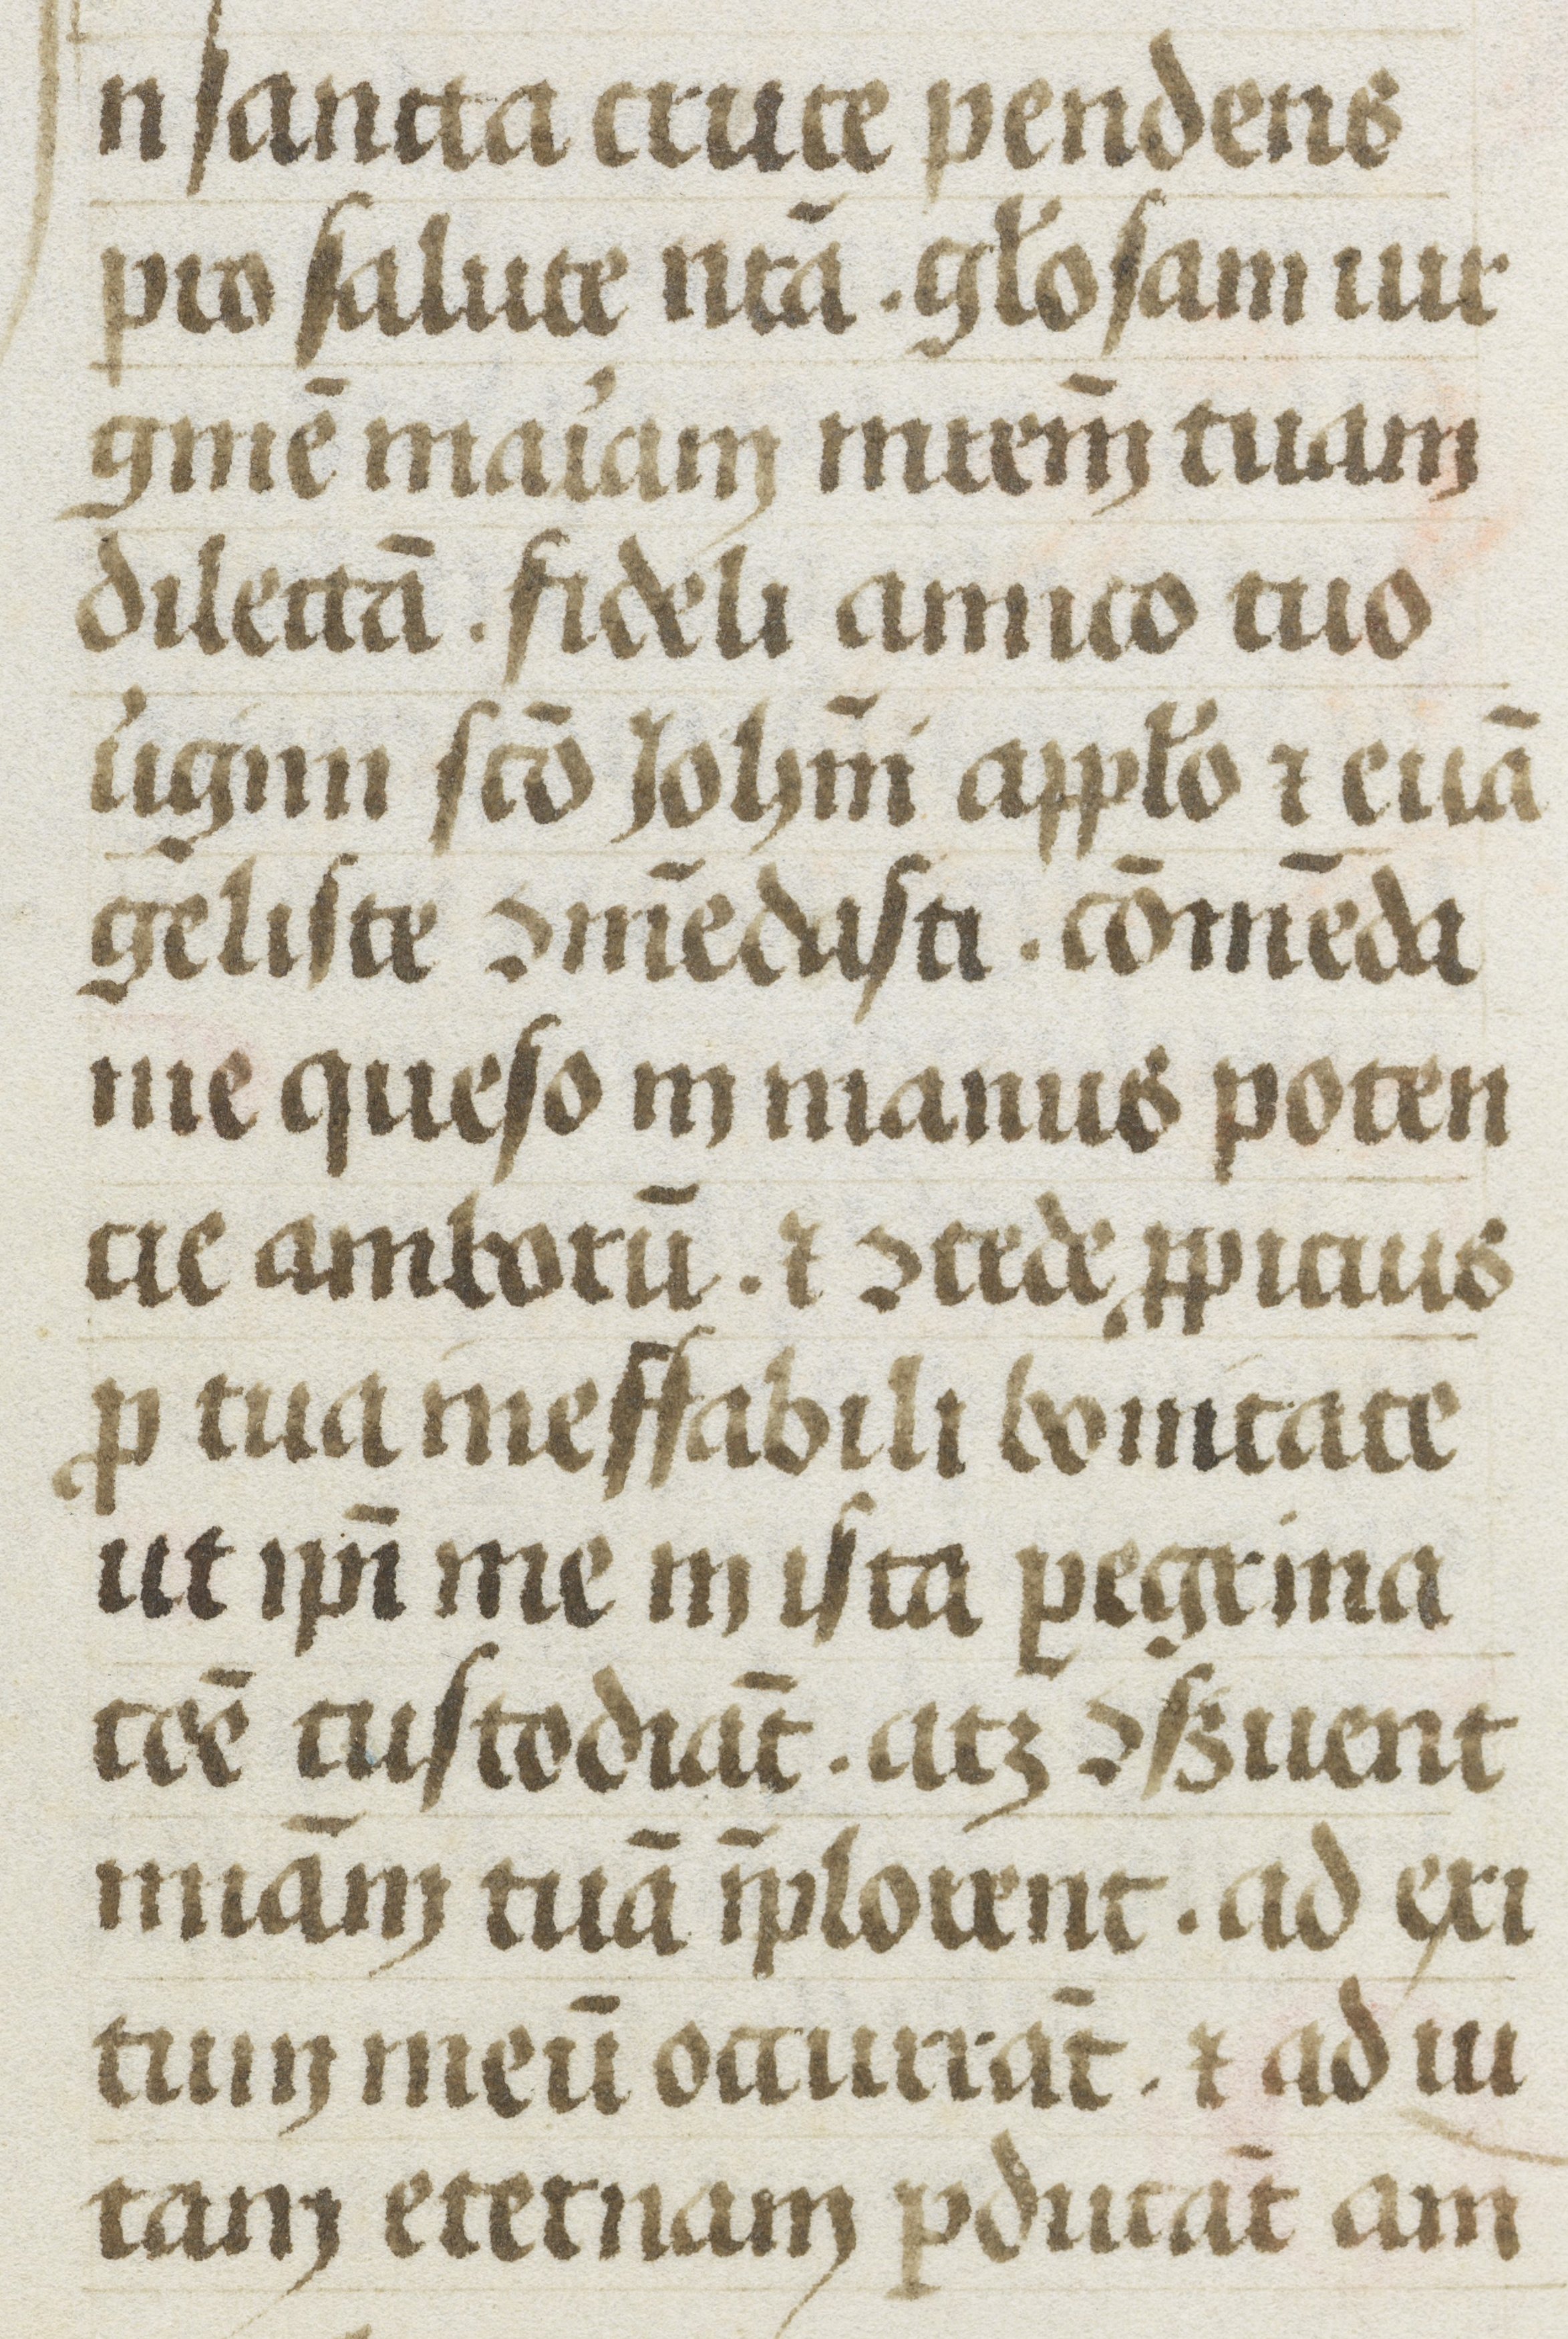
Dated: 1480–1480